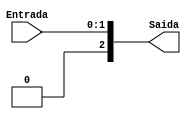
module Concatena1Zeros(Entrada,Saida);


input wire [1:0] Entrada;
output wire [2:0] Saida;


assign Saida = {1'b0,Entrada};


endmodule